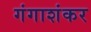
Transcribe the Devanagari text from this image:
गंगाशंकर